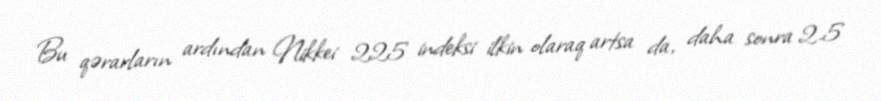
Bu qərarların ardından Nikkei 225 indeksi ilkin olaraq artsa da, daha sonra 2.5